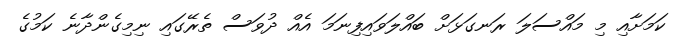
ކަމަށާއި މި މައްސަލަ ރަނގަޅަށް ބައްލަވައިފިނަމަ އެއް ދުވަސް ތެރޭގައި ނިމިގެންދާނެ ކަމުގެ